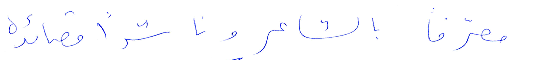
معرّفًا بالشاعر وناشرًا قصائده